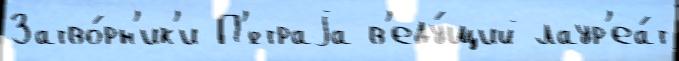
Затво́рн'ик'и П'́страjа в'еду́щий лаур'еа́т